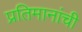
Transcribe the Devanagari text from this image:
प्रतिमानांची